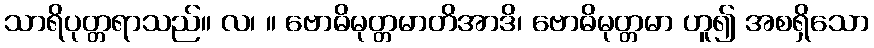
သာရိပုတ္တရာသည်။ လ၊ ။ ဗောဓိမုတ္တမာတိအာဒိ၊ ဗောဓိမုတ္တမာ ဟူ၍ အစရှိသော